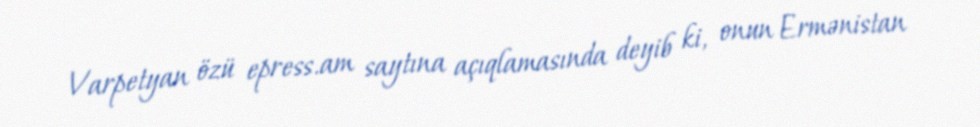
Varpetyan özü epress.am saytına açıqlamasında deyib ki, onun Ermənistan